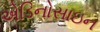
એડિનોસાઇન